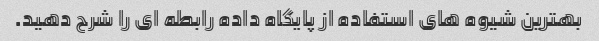
بهترین شیوه های استفاده از پایگاه داده رابطه ای را شرح دهید.